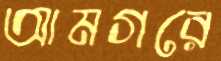
আমগরে